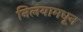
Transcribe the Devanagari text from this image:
निलयामधून